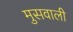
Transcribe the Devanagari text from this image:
मुसवाली